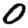
Digit: 0